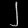
Digit: ၂